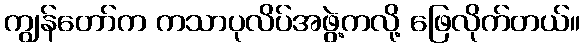
ကျွန်တော်က ကသာပုလိပ်အဖွဲ့ကလို့ ဖြေလိုက်တယ်။